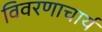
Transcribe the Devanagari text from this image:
विवरणाचार्य